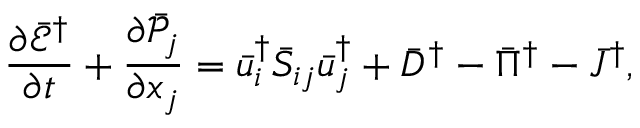
\frac { { \partial { { \bar { \mathcal E } } ^ { \dag } } } } { { \partial t } } + \frac { { \partial { { \bar { \mathcal P } } _ { j } } } } { { \partial { x _ { j } } } } = \bar { u } _ { i } ^ { \dag } { { \bar { S } } _ { i j } } \bar { u } _ { j } ^ { \dag } + { { \bar { D } } ^ { \dag } } - { { \bar { \Pi } } ^ { \dag } } - { { \bar { J } } ^ { \dag } } ,